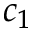
c _ { 1 }